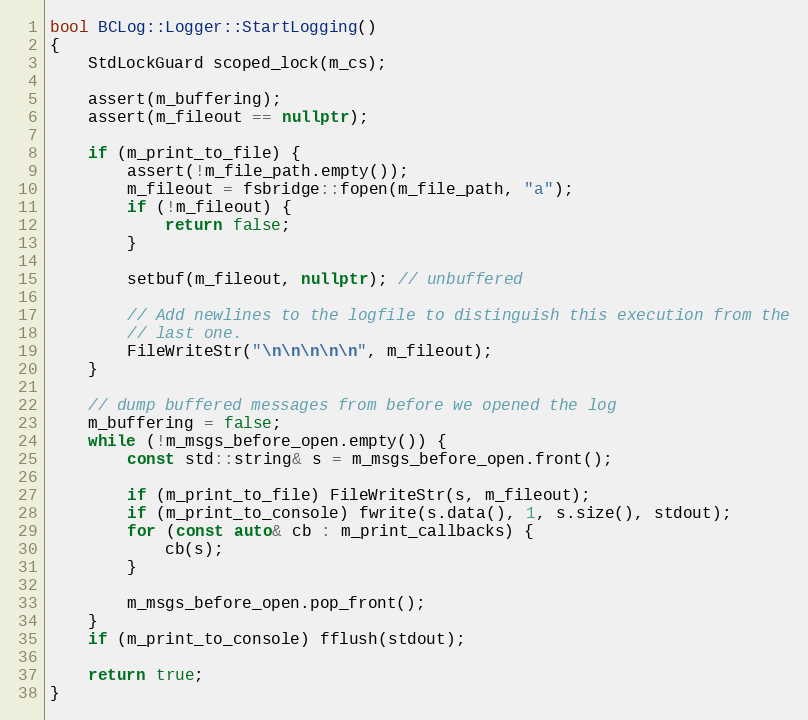
Language: C++
bool BCLog::Logger::StartLogging()
{
    StdLockGuard scoped_lock(m_cs);

    assert(m_buffering);
    assert(m_fileout == nullptr);

    if (m_print_to_file) {
        assert(!m_file_path.empty());
        m_fileout = fsbridge::fopen(m_file_path, "a");
        if (!m_fileout) {
            return false;
        }

        setbuf(m_fileout, nullptr); // unbuffered

        // Add newlines to the logfile to distinguish this execution from the
        // last one.
        FileWriteStr("\n\n\n\n\n", m_fileout);
    }

    // dump buffered messages from before we opened the log
    m_buffering = false;
    while (!m_msgs_before_open.empty()) {
        const std::string& s = m_msgs_before_open.front();

        if (m_print_to_file) FileWriteStr(s, m_fileout);
        if (m_print_to_console) fwrite(s.data(), 1, s.size(), stdout);
        for (const auto& cb : m_print_callbacks) {
            cb(s);
        }

        m_msgs_before_open.pop_front();
    }
    if (m_print_to_console) fflush(stdout);

    return true;
}